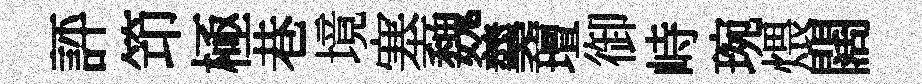
評笻極巷境塞魏羹璮御峙琬煨闊